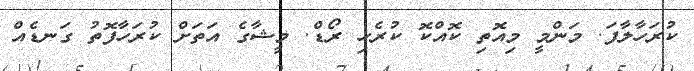
ކުރަހާލާފަ. މަންމީ މިއޮތި ކޮއްކޮ ކުރެހި ރޯޑް. މީޝާގެ އަތަށް ކުރަހާފޮތު ގަނޑެއް